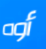
أوه